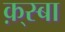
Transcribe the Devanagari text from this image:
क़्स्बा